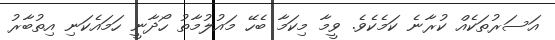
އަސަރުތަކެއް ކުރާނެ ކަމެކެވެ. ވީމާ މިކަމާ ބެހޭ މައުލުމާތު ހޯދާނީ ހަމައެކަނި އިތުބާރު